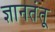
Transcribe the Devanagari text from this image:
ज्ञानतंतू